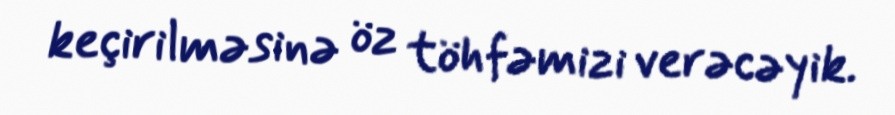
keçirilməsinə öz töhfəmizi verəcəyik.